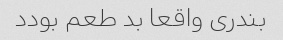
بندری واقعا بد طعم بودد